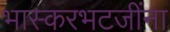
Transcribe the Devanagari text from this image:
भास्करभटजींना